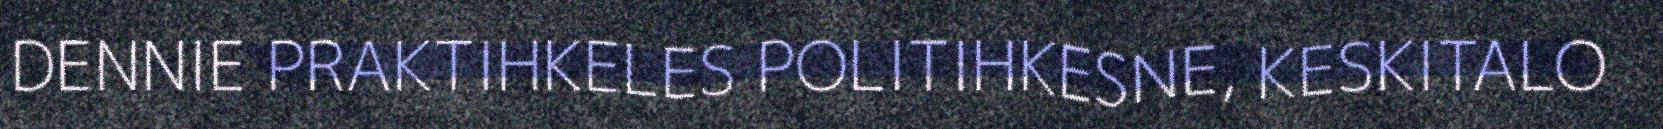
DENNIE PRAKTIHKELES POLITIHKESNE, KESKITALO